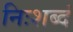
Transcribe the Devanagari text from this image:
निःशब्दं